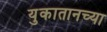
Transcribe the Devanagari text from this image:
युकातानच्या